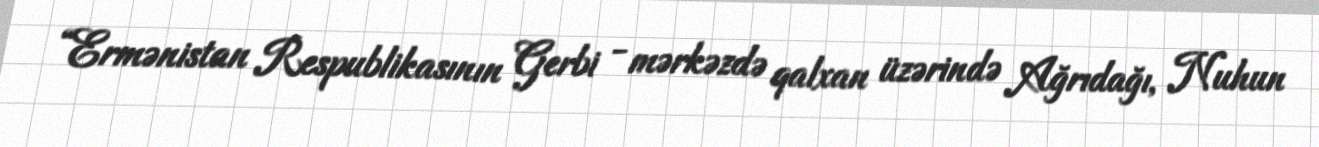
“Ermənistan Respublikasının Gerbi - mərkəzdə qalxan üzərində Ağrıdağı, Nuhun